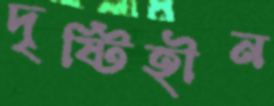
দৃষ্টিহীন